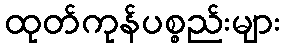
ထုတ်ကုန်ပစ္စည်းများ